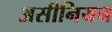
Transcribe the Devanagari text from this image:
असीनियन